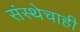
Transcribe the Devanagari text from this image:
संस्थेचाही